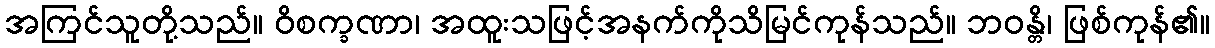
အကြင်သူတို့သည်။ ဝိစက္ခဏာ၊ အထူးသဖြင့်အနက်ကိုသိမြင်ကုန်သည်။ ဘဝန္တိ၊ ဖြစ်ကုန်၏။